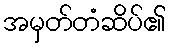
အမှတ်တံဆိပ်၏